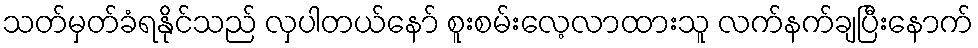
သတ်မှတ်ခံရနိုင်သည် လှပါတယ်နော် စူးစမ်းလေ့လာထားသူ လက်နက်ချပြီးနောက်